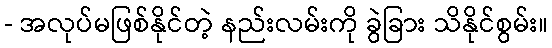
- အလုပ်မဖြစ်နိုင်တဲ့ နည်းလမ်းကို ခွဲခြား သိနိုင်စွမ်း။